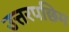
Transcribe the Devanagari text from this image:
उत्तरपछिम